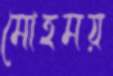
মোহময়